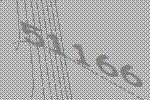
51166